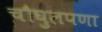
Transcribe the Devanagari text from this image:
चौघुलपणा